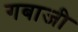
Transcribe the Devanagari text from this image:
गबाजी